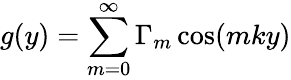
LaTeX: g(y)=\sum_{m=0}^{\infty}\Gamma_{m}\cos(mky)